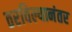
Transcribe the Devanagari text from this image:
ठरविल्यानंतर